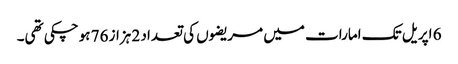
6 اپریل تک امارات میں مریضوں کی تعداد 2 ہزاز 76 ہوچکی تھی۔